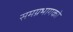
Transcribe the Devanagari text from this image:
समग्रभागको